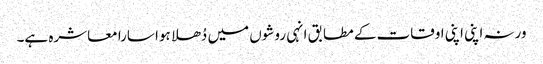
ورنہ اپنی اپنی اوقات کے مطابق انہی روشوں میں دُھلا ہوا سارا معاشرہ ہے۔